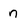
Character: n